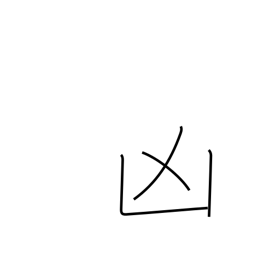
Meaning: disaster